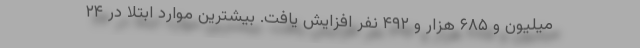
میلیون و ۶۸۵ هزار و ۴۹۲ نفر افزایش یافت. بیشترین موارد ابتلا در ۲۴